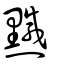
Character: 黬